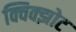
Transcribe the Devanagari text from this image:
क्विक्झोट